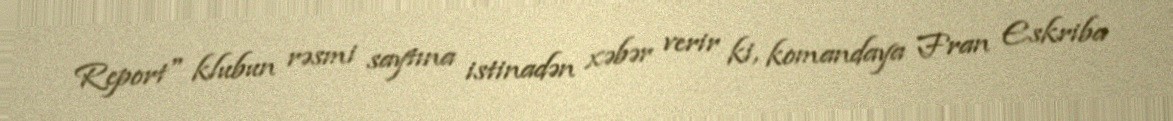
Report" klubun rəsmi saytına istinadən xəbər verir ki, komandaya Fran Eskriba